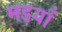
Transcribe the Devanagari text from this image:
मड़याँ